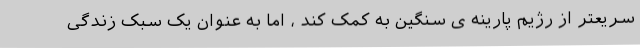
سریعتر از رژیم پارینه ی سنگین به کمک کند ، اما به عنوان یک سبک زندگی